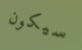
سيكون